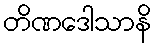
တိဏဒေါသာနိ